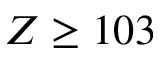
Z \ge 1 0 3